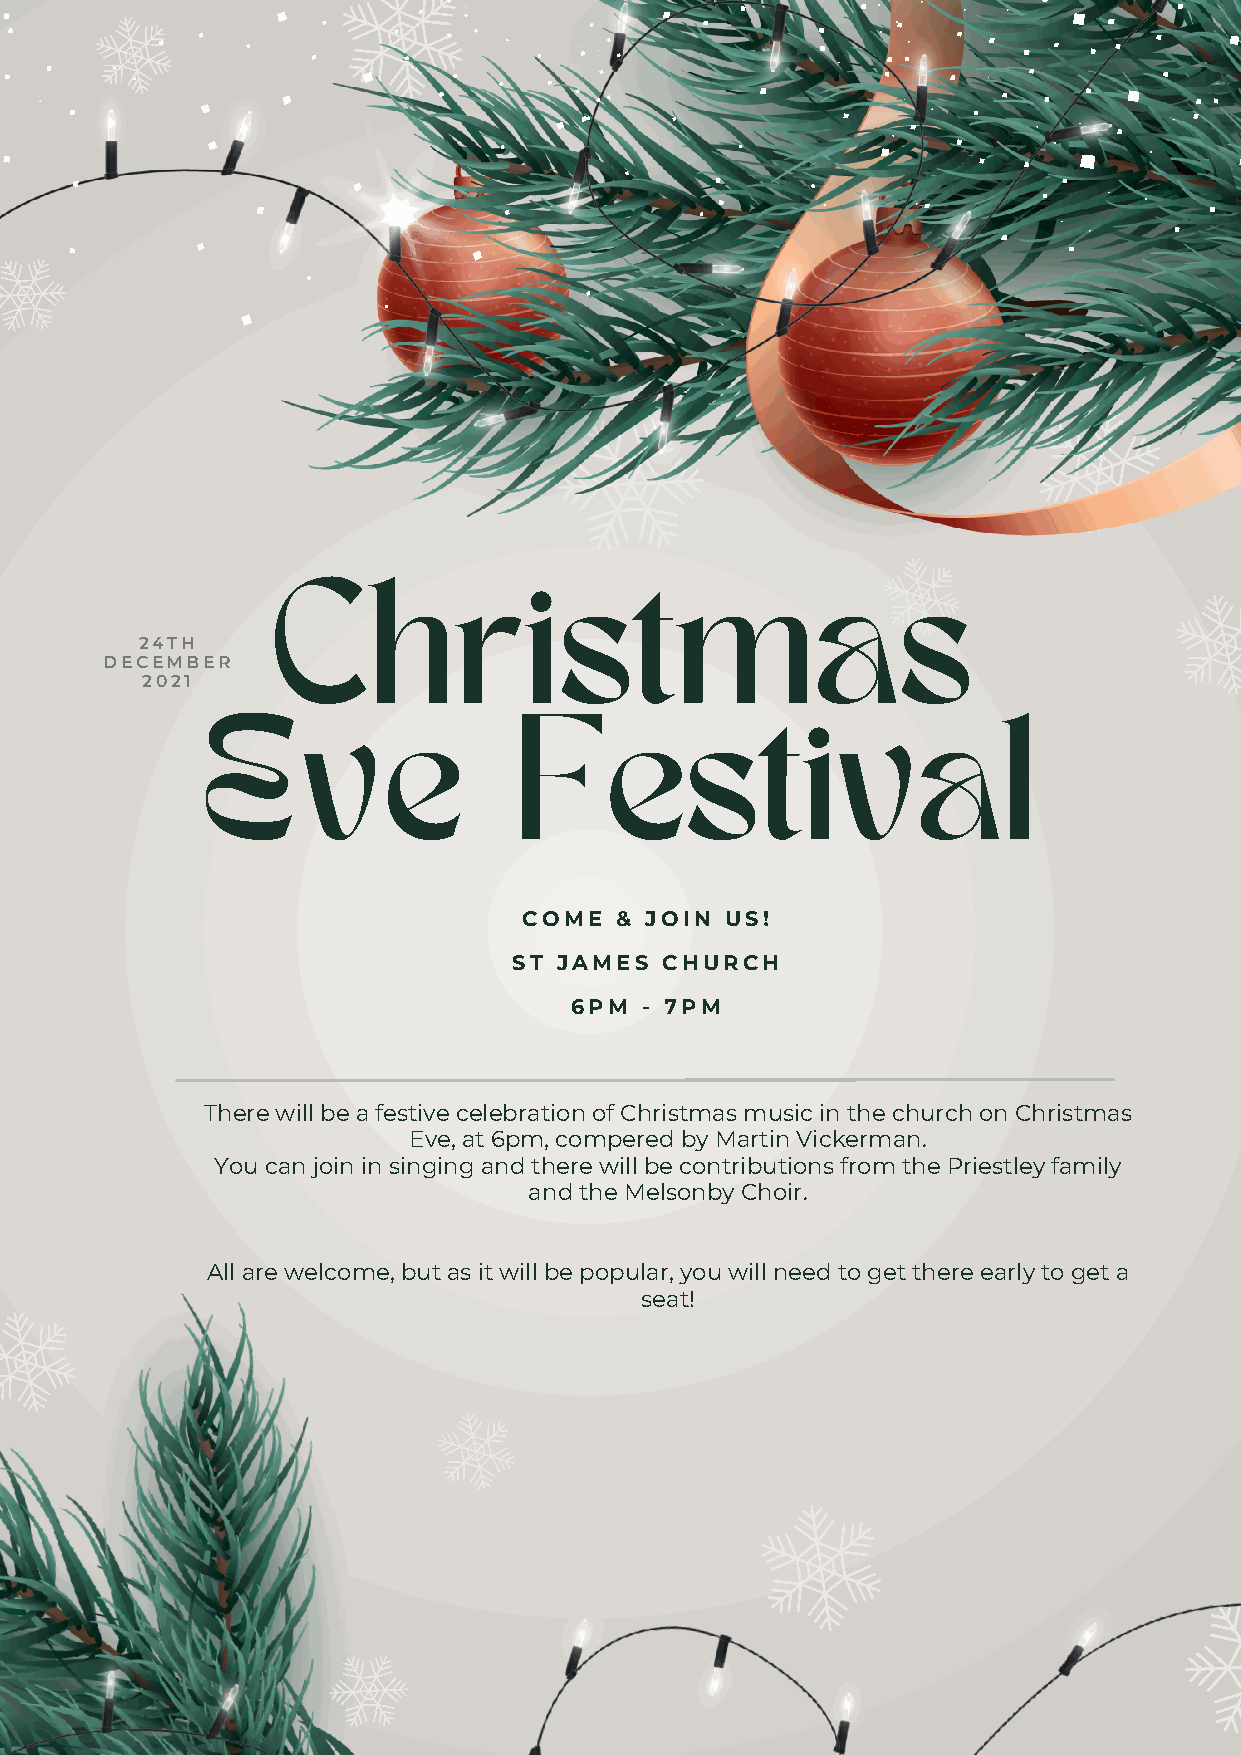
Christmas
 24TH
 DECEMBER
 2021
 Eve                 Festival
 COME  & JOIN US!
 ST JAMES  CHURCH
 6PM - 7PM
 There will be a festive celebration of Christmas music in the church on Christmas
 Eve, at 6pm, compered by Martin Vickerman.
 You can join in singing and there will be contributions from the Priestley family
 and the Melsonby Choir.
 All are welcome, but as it will be popular, you will need to get there early to get a
 seat!